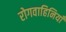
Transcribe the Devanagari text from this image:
रोगवाहिनियाँ